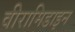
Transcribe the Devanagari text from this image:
वीरामिडाइन